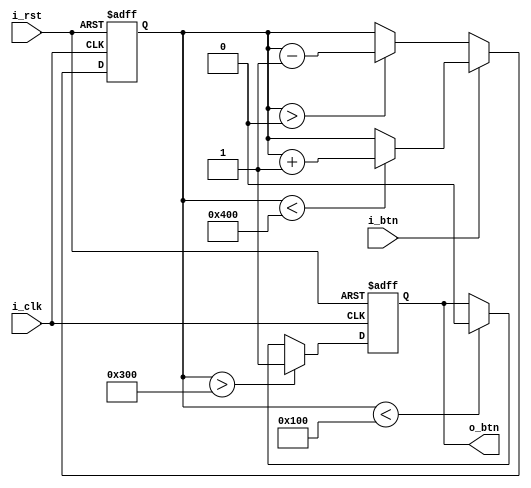
module Debounce #(
  parameter CNT_MAX = 1024
)(
    input   i_rst,
    input   i_clk,
    input   i_btn,
    output reg   o_btn
);
    reg [15:0] cnt;

    always @(posedge i_clk or posedge i_rst)
    begin
        if( i_rst ) begin
            cnt <= 0;
            o_btn <= 0;
        end else begin
            
            if( i_btn ) begin
                if( cnt < CNT_MAX ) begin
                    cnt <= cnt + 1'b1;
                end
            end else begin
                if( cnt > 0 ) begin
                    cnt <= cnt - 1'b1;
                end
            end
            
            if( cnt > 3*CNT_MAX/4 ) begin
                o_btn <= 1;
            end else if( cnt < 1*CNT_MAX/4 ) begin
                o_btn <= 0;
            end
        end
    end
endmodule